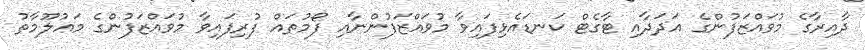
ދާއިރާގެ މުވައްޒަފުންގެ އަދަދާއި ޓާގެޓް ކަނޑައެޅިފައިވާ މުވައްޒަފުންނާއި ފޯމުތައް ފުރިފައިވާ މުވައްޒަފުންގެ މަޢުލޫމާތު